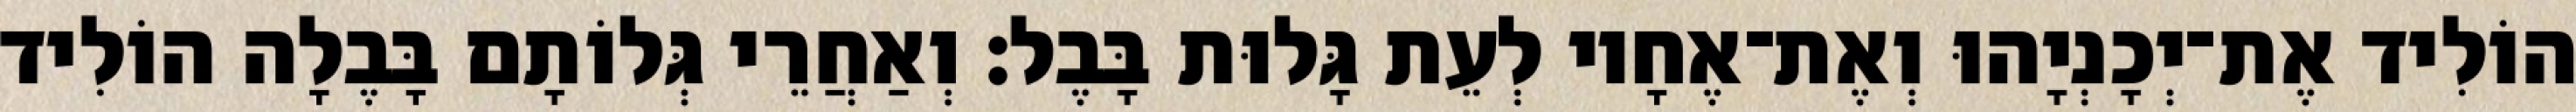
הוֹלִיד אֶת־יְכָנְיָהוּ וְאֶת־אֶחָיו לְעֵת גָּלוּת בָּבֶל׃ וְאַחֲרֵי גְּלוֹתָם בָּבֶלָה הוֹלִיד